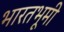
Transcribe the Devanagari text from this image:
भारतभूमी